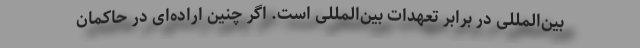
بین‌المللی در برابر تعهدات بین‌المللی است. اگر چنین اراده‌ای در حاکمان